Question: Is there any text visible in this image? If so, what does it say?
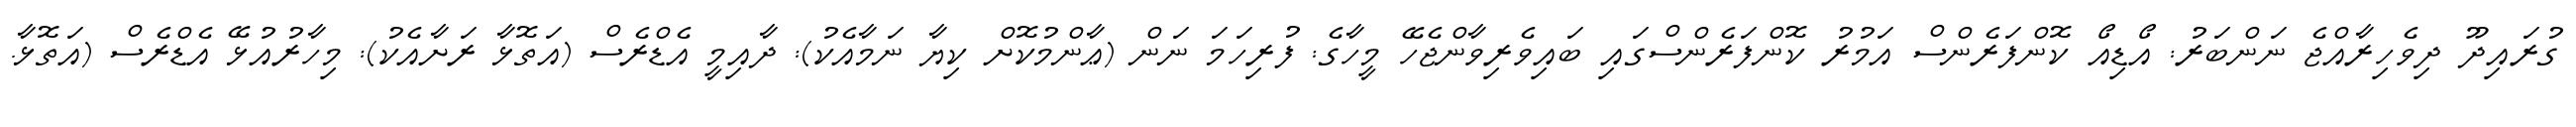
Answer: ގުރައިދޫ ދިވެހިރާއްޖެ ނަންބަރު: އޯޑިއޯ ކޮންފަރެންސް އަމުރު ކޮންފަރެންސްގައި ބައިވެރިވާންޖެހޭ މީހާގެ: ފުރިހަމަ ނަން (ޢާންމުކޮށް ކިޔާ ނަމާއެކު): ދާއިމީ އެޑްރެސް (އަތޮޅާ ރަށާއެކު): މިހާރުއުޅޭ އެޑްރެސް (އަތޮޅާ.